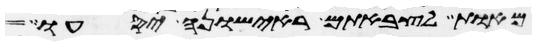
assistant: מאות לצבאתם ראישונה יסעו דגל